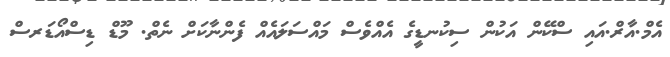
އެމް.އާރް.އައި ސްކޭން އަކުން ސިކުނޑީގެ އެއްވެސް މައްސަލައެއް ފެންނާކަށް ނެތް. މޫޑް ޑިސްއޯޑަރސް